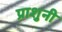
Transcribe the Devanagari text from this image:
प्राशुनी